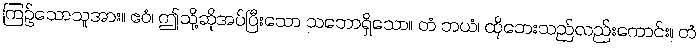
ကြဉ်သောသူအား။ ဧဝံ၊ ဤသို့ဆိုအပ်ပြီးသော သဘောရှိသော။ တံ ဘယံ၊ ထိုဘေးသည်လည်းကောင်း။ တံ